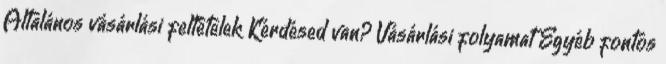
Általános vásárlási feltételek Kérdésed van? Vásárlási folyamat Egyéb fontos